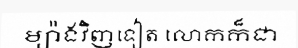
ម្យ៉ាងវិញទៀត លោកក៏ជា